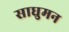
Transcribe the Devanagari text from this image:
साधुमन